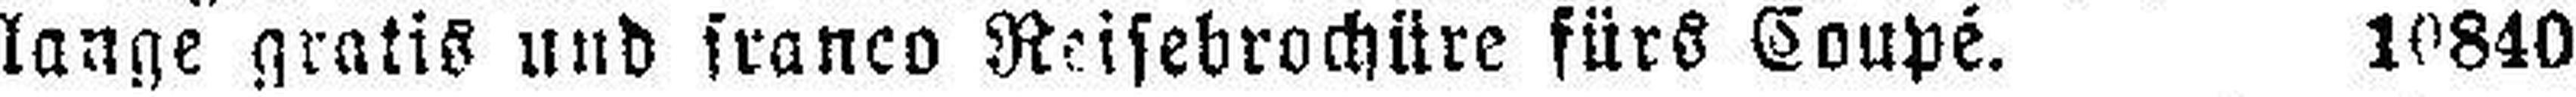
lange gratis und franco Reisebrochitre fürS Coupé. 10840